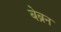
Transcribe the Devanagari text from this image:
बेब्रन